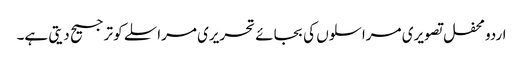
اردو محفل تصویری مراسلوں کی بجائے تحریری مراسلے کو ترجیح دیتی ہے۔